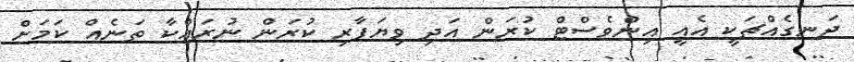
ދަނގެއްޗަކީ އެއީ އިންވެސްޓް ކުރަން އަދި ވިޔަފާރި ކުރަން ނުރައްކާ ތަނެއް ކަމަށް